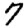
Digit: 7